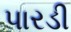
પારડી